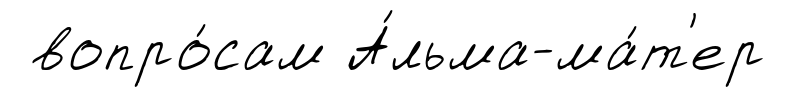
вопро́сам А́льма-ма́т'ер